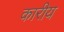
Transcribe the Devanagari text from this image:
कारीय